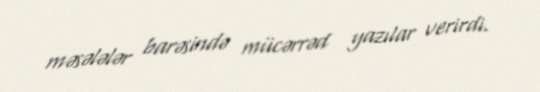
məsələlər barəsində mücərrəd yazılar verirdi.